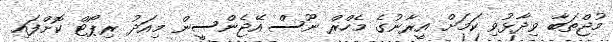
މުޖްތަބާ ވިދާޅުވި ކަމަށް އީރާނުގެ މެހްރް ނޫސް އޭޖެންސީން މިއަދު ރިޕޯޓް ކޮށްފައި